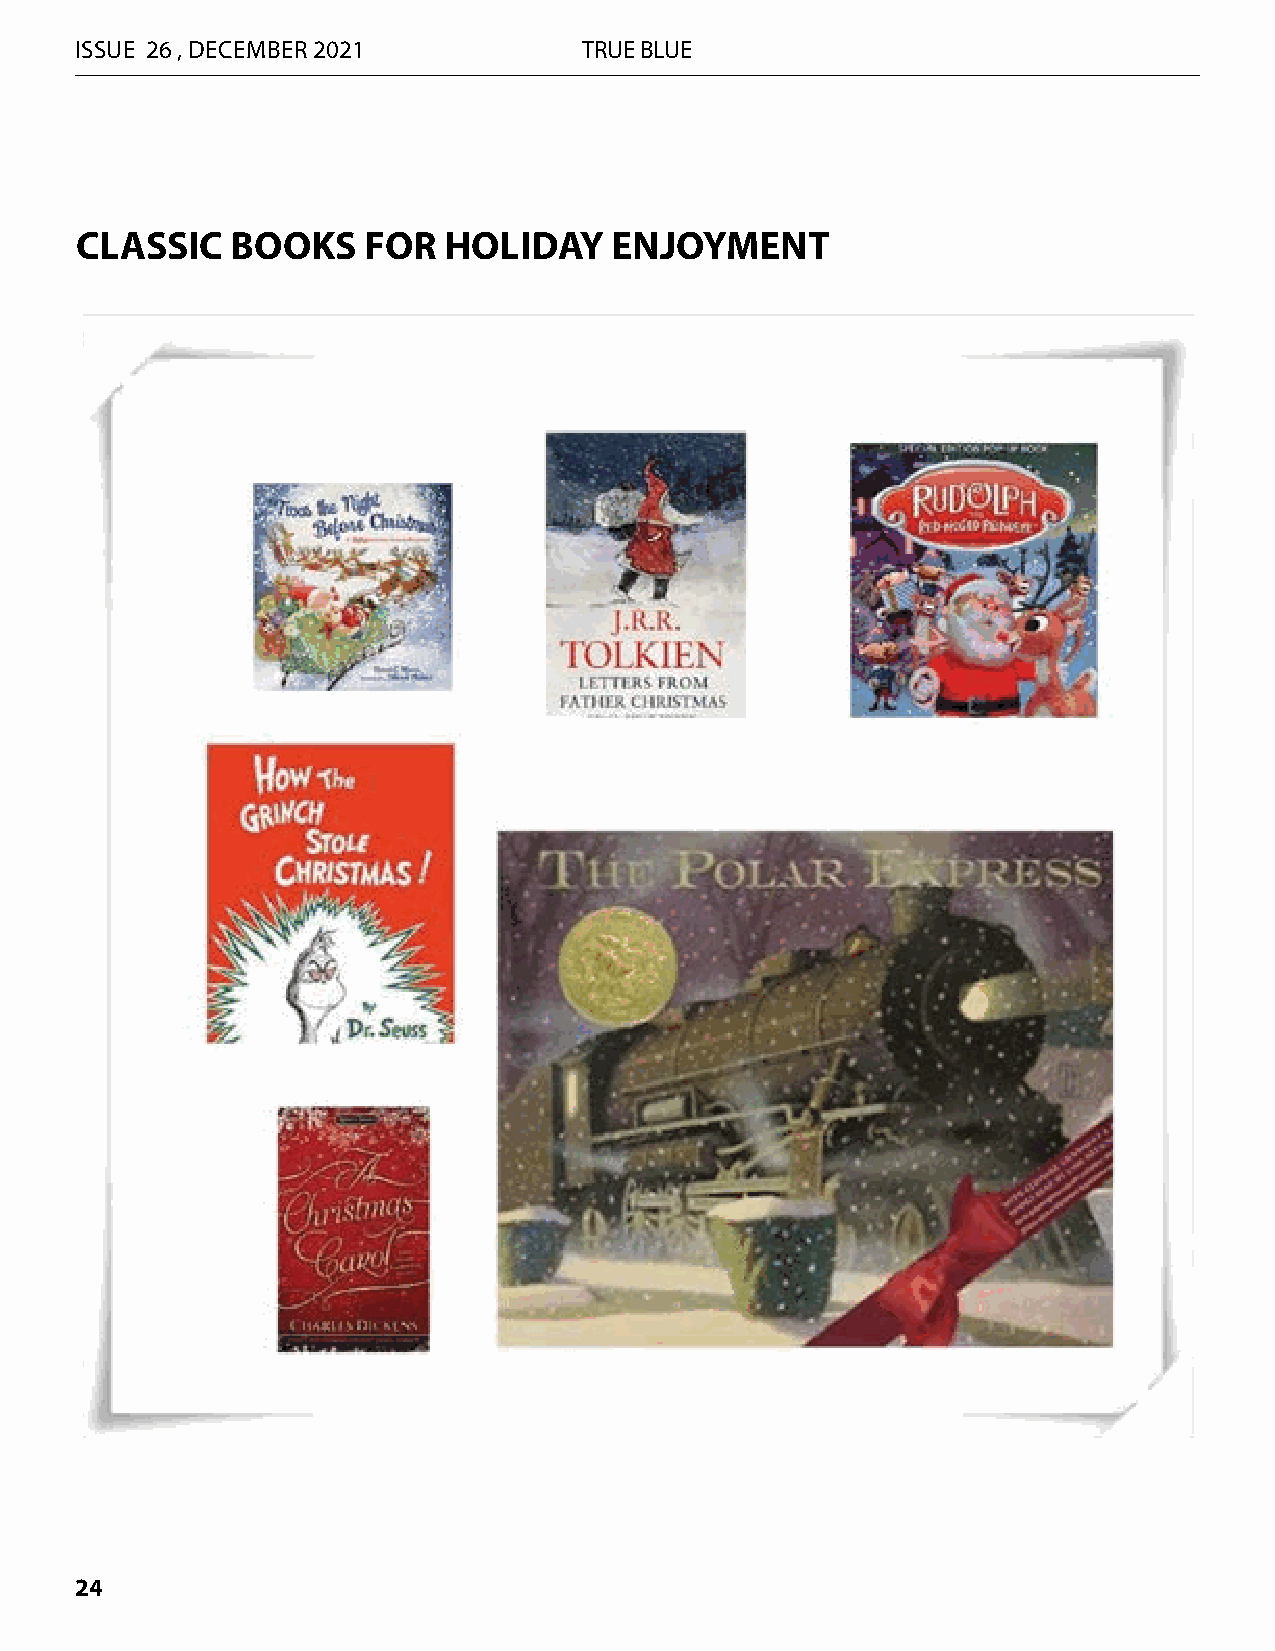
ISSUE 26 , DECEMBER 2021          TRUE BLUE
 CLASSIC   BOOKS    FOR  HOLIDAY    ENJOYMENT
 24